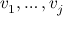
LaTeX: v _ { 1 } , \dotsc , v _ { j }